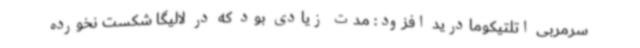
سرمربی اتلتیکومادرید افزود: مدت زیادی بود که در لالیگا شکست نخورده